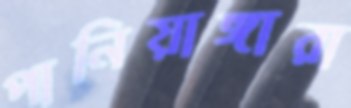
পানিয়াঙ্গারা